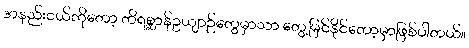
အနည်းငယ်ကိုတော့ တိရစ္ဆာန်ဥယျာဉ်တွေမှာသာ တွေ့မြင်နိုင်တော့မှာဖြစ်ပါတယ်။